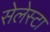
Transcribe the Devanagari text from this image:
सेलेस्टा